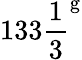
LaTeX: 133{\frac{1}{3}}^{\mathrm{g}}